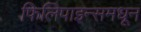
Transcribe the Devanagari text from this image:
फिलिपाइन्समधून